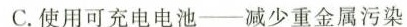
C.使用可充电电池-减少重金属污染